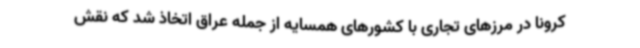
کرونا در مرزهای تجاری با کشورهای همسایه از جمله عراق اتخاذ شد که نقش